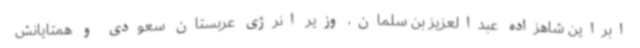
ابراین شاهزاده عبدالعزیز بن سلمان، وزیر انرژی عربستان سعودی و همتایانش